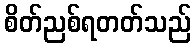
စိတ်ညစ်ရတတ်သည်